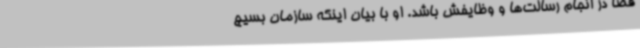
قضا در انجام رسالت‌ها و وظایفش باشد. او با بیان اینکه سازمان بسیج